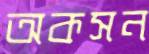
অকসন